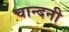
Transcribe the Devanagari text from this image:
चान्दनी